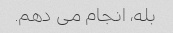
بله، انجام می دهم.